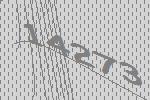
14273